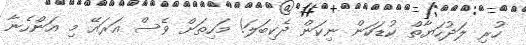
ހުރި ލަދުހަޔާތް ކުޑަކަން ނިކަން ދެކިބަލަ! މަހިތަށް ވެސް އަރައޭ މި އަންހެނާ